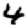
Digit: 4